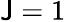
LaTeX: \mathsf{J}=1